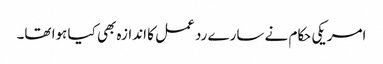
امریکی حکام نے سارے رد عمل کا اندازہ بھی کیا ہوا تھا۔